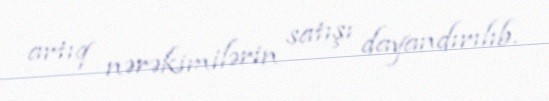
artıq nərəkimilərin satışı dayandırılıb.